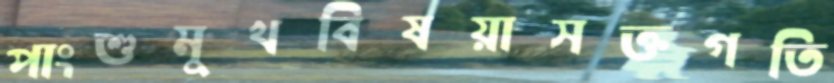
পাংশুমুখবিষয়াসক্তগতি